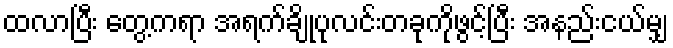
ထလာပြီး တွေ့ကရာ အရက်ချိုပုလင်းတခုကိုဖွင့်ပြီး အနည်းငယ်မျှ